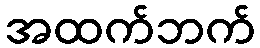
အထက်ဘက်